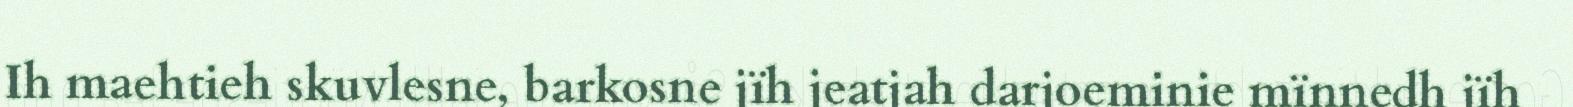
Ih maehtieh skuvlesne, barkosne jïh jeatjah darjoeminie mïnnedh jïh